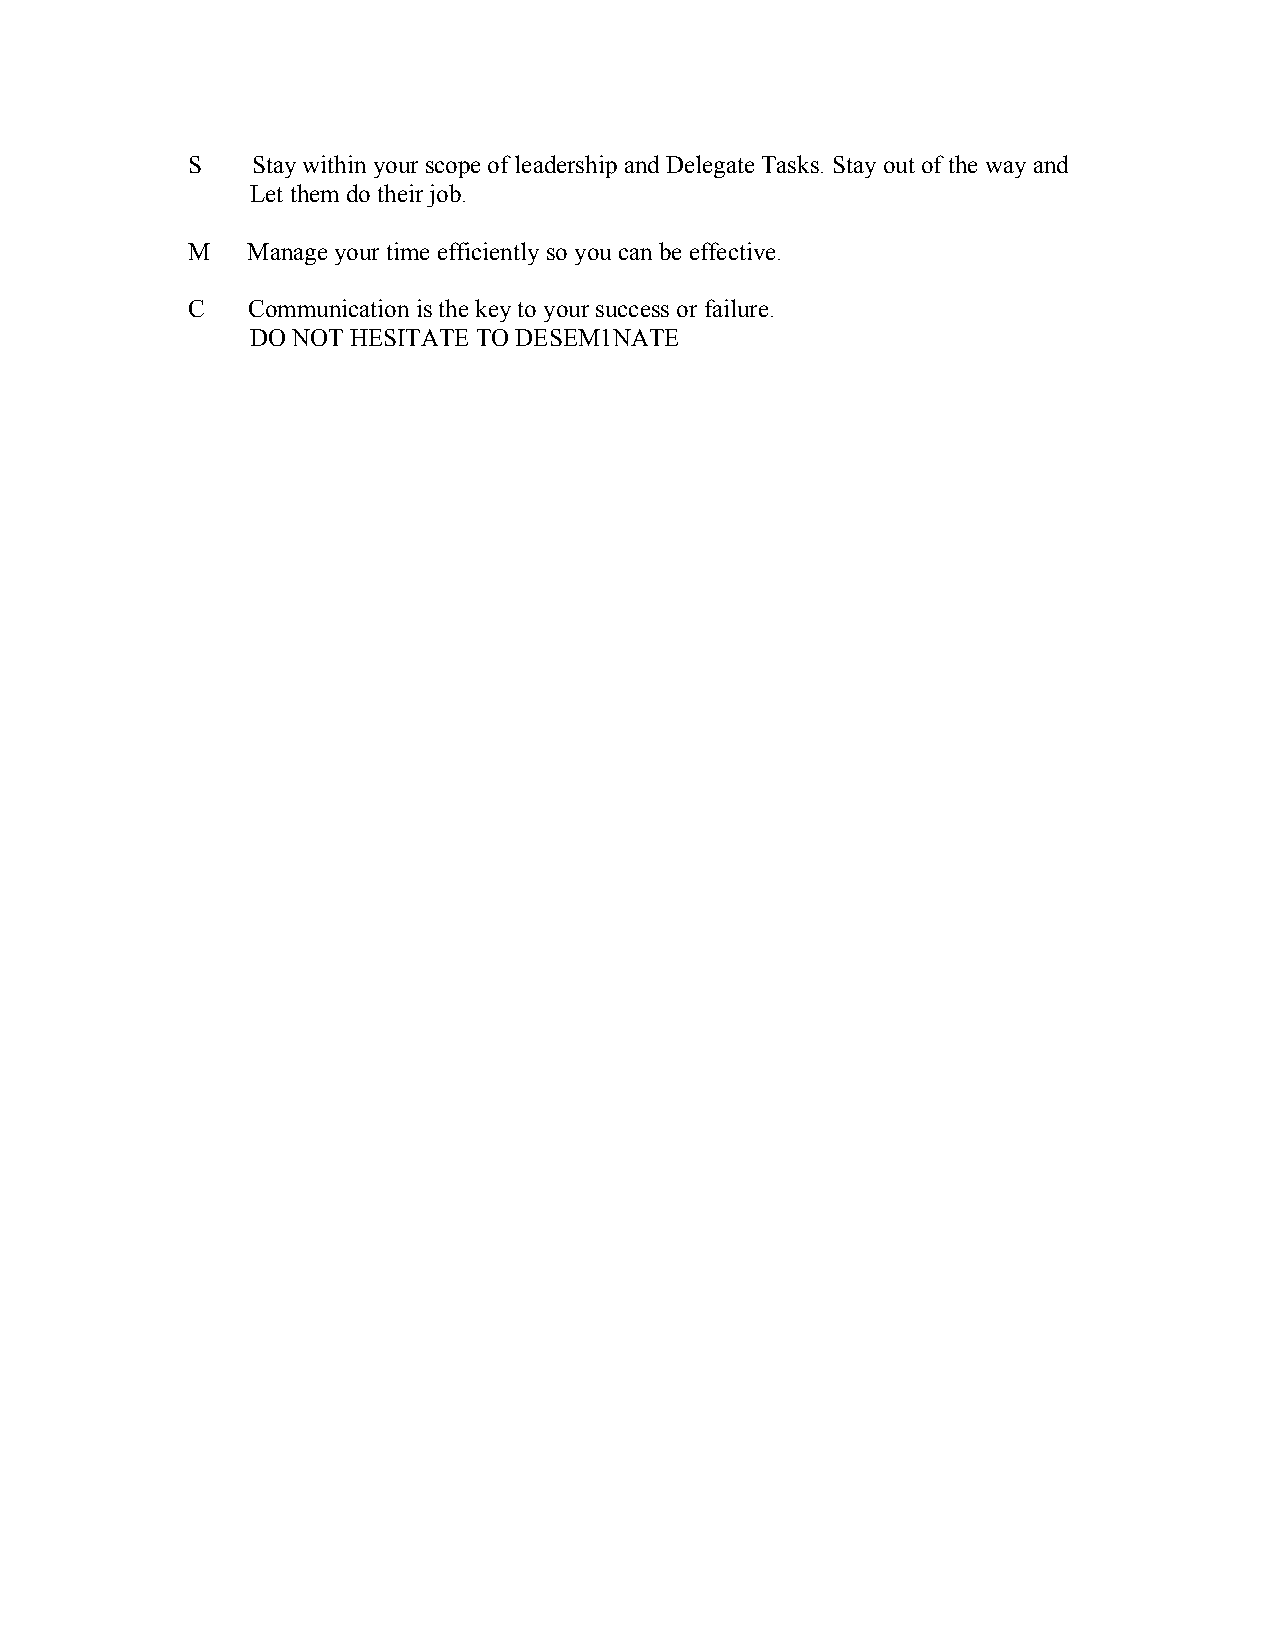
S    Stay within your scope of leadership and Delegate Tasks. Stay out of the way and
 Let them do their job.
 M   Manage your time efficiently so you can be effective.
 C   Communication is the key to your success or failure.
 DO NOT HESITATE TO DESEM1NATE